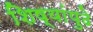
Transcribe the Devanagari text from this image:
शिष्यांपुढे